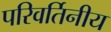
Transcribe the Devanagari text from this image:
परिवर्तिनीय